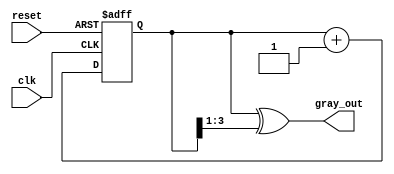
module gray_code_counter(
    input wire clk,            // Clock input
    input wire reset,          // Asynchronous reset
    output reg [N-1:0] gray_out // Output Gray code value
);
    parameter N = 4; // Number of bits for the Gray code counter

    reg [N-1:0] binary_count; // Binary representation of the counter
    
    // Asynchronous reset and counter operation
    always @(posedge clk or posedge reset) begin
        if (reset) begin
            binary_count <= 0; // Reset to 0
        end else begin
            // Increment the binary counter
            binary_count <= binary_count + 1;
        end
    end

    // Convert binary count to Gray code
    always @(*) begin
        gray_out = binary_count ^ (binary_count >> 1); // Gray code conversion
    end
endmodule